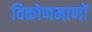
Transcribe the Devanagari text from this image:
विकोणमाणों